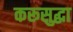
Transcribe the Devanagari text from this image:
करूसुद्धा